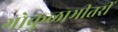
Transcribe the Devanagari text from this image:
गोकुळाभीतरीं